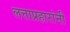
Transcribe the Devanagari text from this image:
लत्ताप्रहारांनी